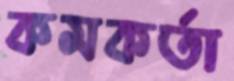
কমকর্তা